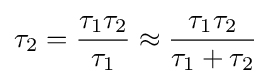
\tau _{2}={\frac {\tau _{1}\tau _{2}}{\tau _{1}}}\approx {\frac {\tau _{1}\tau _{2}}{\tau _{1}+\tau _{2}}}\